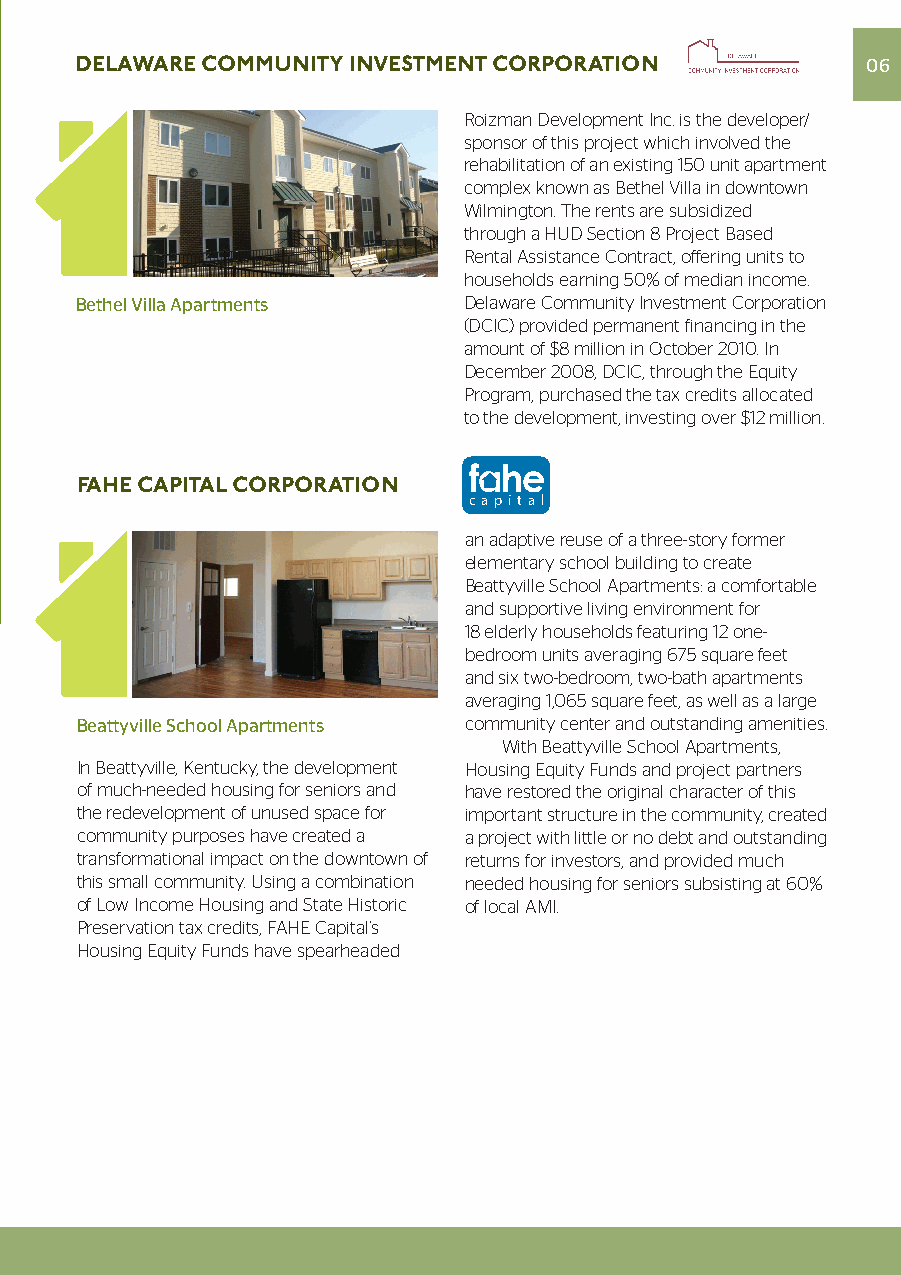
DELAWARE COMMUNITY INVESTMENT CORPORATION           06
 Roizman Development Inc. is the developer/
 sponsor of this project which involved the
 rehabilitation of an existing 150 unit apartment
 complex known as Bethel Villa in downtown
 Wilmington. The rents are subsidized
 through a HUD Section 8 Project Based
 Rental Assistance Contract, offering units to
 households earning 50% of median income.
 Bethel Villa Apartments   Delaware Community Investment Corporation
 (DCIC) provided permanent financing in the
 amount of $8 million in October 2010. In
 December 2008, DCIC, through the Equity
 Program, purchased the tax credits allocated
 to the development, investing over $12 million.
 FAHE CAPITAL CORPORATION
 capital
 an adaptive reuse of a three-story former
 elementary school building to create
 Beattyville School Apartments: a comfortable
 and supportive living environment for
 18 elderly households featuring 12 one-
 bedroom units averaging 675 square feet
 and six two-bedroom, two-bath apartments
 averaging 1,065 square feet, as well as a large
 Beattyville School Apartments community center and outstanding amenities.
 With Beattyville School Apartments,
 In Beattyville, Kentucky, the development Housing Equity Funds and project partners
 of much-needed housing for seniors and have restored the original character of this
 the redevelopment of unused space for important structure in the community, created
 community purposes have created a a project with little or no debt and outstanding
 transformational impact on the downtown of returns for investors, and provided much
 this small community. Using a combination needed housing for seniors subsisting at 60%
 of Low Income Housing and State Historic of local AMI.
 Preservation tax credits, FAHE Capital’s
 Housing Equity Funds have spearheaded